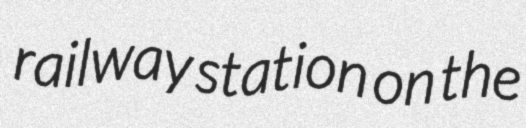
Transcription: railway station on the